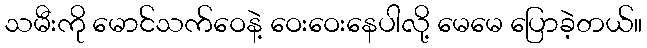
သမီးကို မောင်သက်ဝေနဲ့ ဝေးဝေးနေပါလို့ မေမေ ပြောခဲ့တယ်။